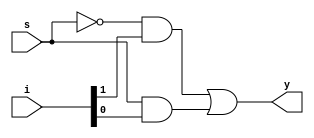
`timescale 1ns / 1ps
//////////////////////////////////////////////////////////////////////////////////
// Company: 
// Engineer: 
// 
// Design Name: 
// Module Name: mux_2x1
// Project Name: 
// Target Devices: 
// Tool Versions: 
// Description: 
// 
// Dependencies: 
// 
// Revision:
// Revision 0.01 - File Created
// Additional Comments:
// 
//////////////////////////////////////////////////////////////////////////////////


module mux_2x1(y,i,s);

output y;
input [0:1]i;
input s;

assign y=(~s&i[0])|(s&i[1]);
endmodule